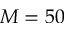
M = 5 0